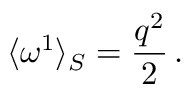
\langle \omega ^ { 1 } \rangle _ { S } = \frac { { q } ^ { 2 } } { 2 } \, .